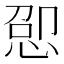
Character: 𫺕